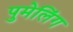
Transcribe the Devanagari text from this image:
पुमेलिंग